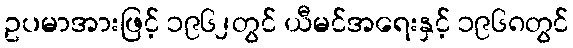
ဥပမာအားဖြင့် ၁၉၆၂တွင် ယီမင်အရေးနှင့် ၁၉၆၈တွင်